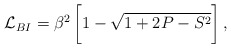
\begin{align*}{\cal{L}}_{BI} = \beta^2 \, \biggl[ 1 - \sqrt{1 + 2 P - S^2}\biggr] \, , \end{align*}